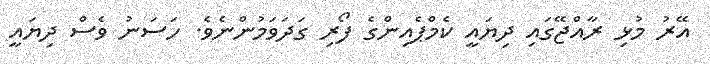
އޭރު މުޅި ރާއްޖޭގައި ދިޔައީ ކެމްޕެއިންގެ ފޯރި ގަދަވަމުންނެވެ. ހަސަނު ވެސް ދިޔައީ